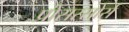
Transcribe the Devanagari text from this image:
प्रोसस्सोर्स